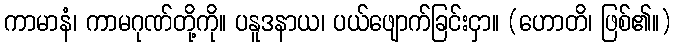
ကာမာနံ၊ ကာမဂုဏ်တို့ကို။ ပနူဒနာယ၊ ပယ်ဖျောက်ခြင်းငှာ။ (ဟောတိ၊ ဖြစ်၏။)